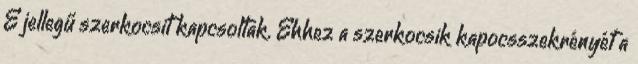
E jellegű szerkocsit kapcsoltak. Ehhez a szerkocsik kapocsszekrényét a